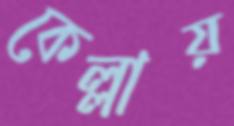
কেল্লায়